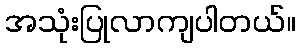
အသုံးပြုလာကျပါတယ်။